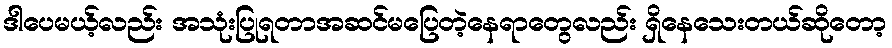
ဒါပေမယ့်လည်း အသုံးပြုရတာအဆင်မပြေတဲ့နေရာတွေလည်း ရှိနေသေးတယ်ဆိုတော့